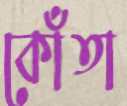
কোঁতা